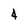
Character: 4